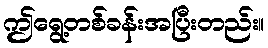
ဤရွေ့တစ်ခန်းအပြီးတည်း။